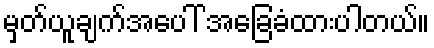
မှတ်ယူချက်အပေါ် အခြေခံထားပါတယ်။